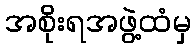
အစိုးရအဖွဲ့ထံမှ